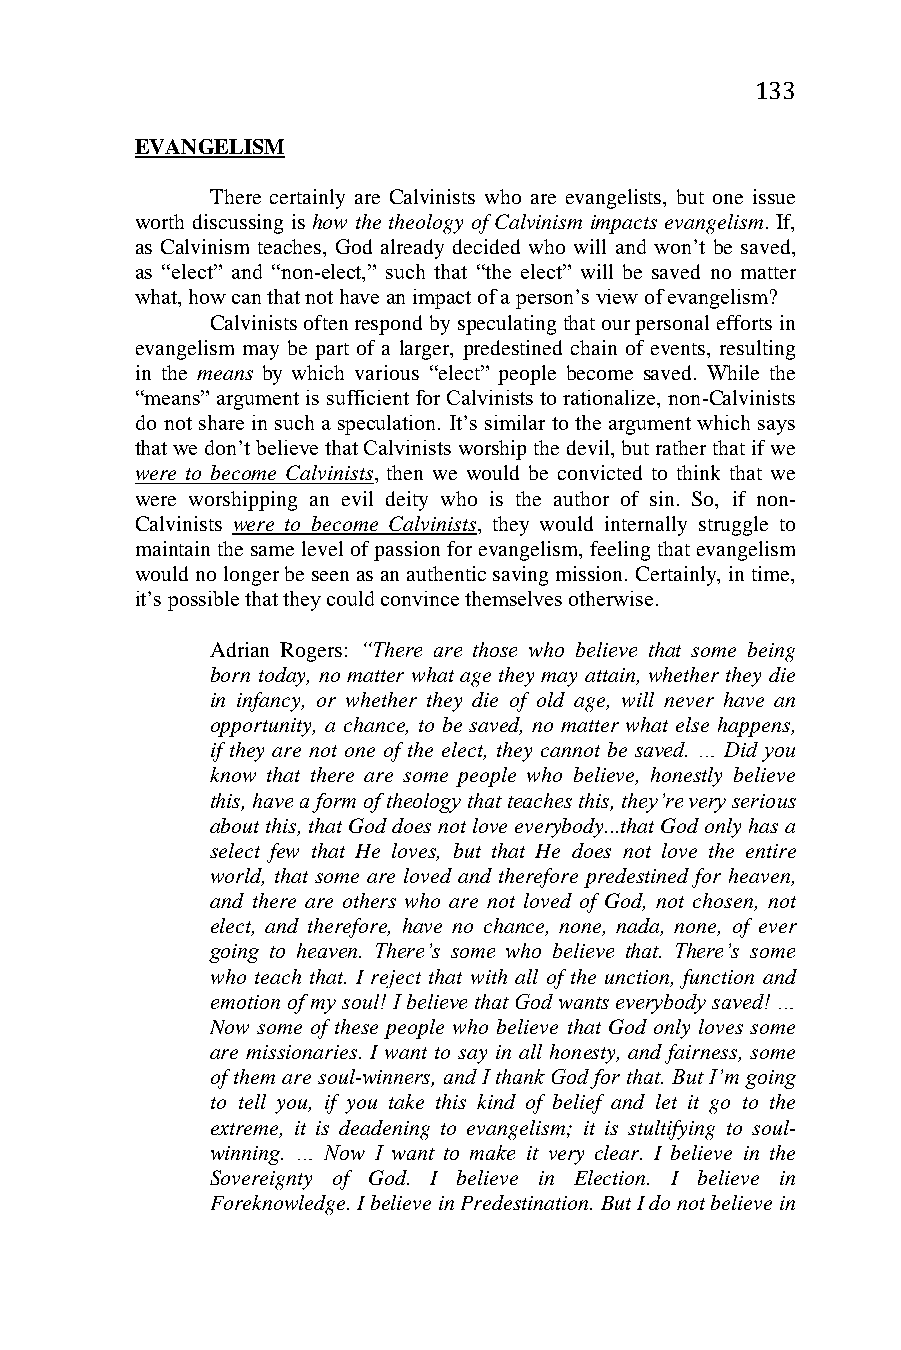
133
 EVANGELISM
 There certainly are Calvinists who are evangelists, but one issue
 worth discussing is how the theology of Calvinism impacts evangelism. If,
 as Calvinism teaches, God already decided who will and won’t be saved,
 as “elect” and “non-elect,” such that “the elect” will be saved no matter
 what, how can that not have an impact of a person’s view of evangelism?
 Calvinists often respond by speculating that our personal efforts in
 evangelism may be part of a larger, predestined chain of events, resulting
 in the means by which various “elect” people become saved. While the
 “means” argument is sufficient for Calvinists to rationalize, non-Calvinists
 do not share in such a speculation. It’s similar to the argument which says
 that we don’t believe that Calvinists worship the devil, but rather that if we
 were to become Calvinists, then we would be convicted to think that we
 were worshipping an evil deity who is the author of sin. So, if non-
 Calvinists were to become Calvinists, they would internally struggle to
 maintain the same level of passion for evangelism, feeling that evangelism
 would no longer be seen as an authentic saving mission. Certainly, in time,
 it’s possible that they could convince themselves otherwise.
 Adrian Rogers: “There are those who believe that some being
 born today, no matter what age they may attain, whether they die
 in infancy, or whether they die of old age, will never have an
 opportunity, a chance, to be saved, no matter what else happens,
 if they are not one of the elect, they cannot be saved. … Did you
 know that there are some people who believe, honestly believe
 this, have a form of theology that teaches this, they’re very serious
 about this, that God does not love everybody...that God only has a
 select few that He loves, but that He does not love the entire
 world, that some are loved and therefore predestined for heaven,
 and there are others who are not loved of God, not chosen, not
 elect, and therefore, have no chance, none, nada, none, of ever
 going to heaven. There’s some who believe that. There’s some
 who teach that. I reject that with all of the unction, function and
 emotion of my soul! I believe that God wants everybody saved! …
 Now some of these people who believe that God only loves some
 are missionaries. I want to say in all honesty, and fairness, some
 of them are soul-winners, and I thank God for that. But I’m going
 to tell you, if you take this kind of belief and let it go to the
 extreme, it is deadening to evangelism; it is stultifying to soul-
 winning. … Now I want to make it very clear. I believe in the
 Sovereignty of God. I believe in Election. I believe in
 Foreknowledge. I believe in Predestination. But I do not believe in